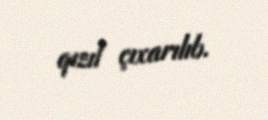
qızıl çıxarılıb.